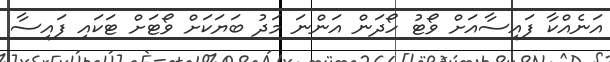
އަނެއްކާ ފައިސާއަށް ވޯޓު ހޯދަން އަންނަ މަދު ބަޔަކަށް ވޯޓަށް ޓަކައި ފައިސާ